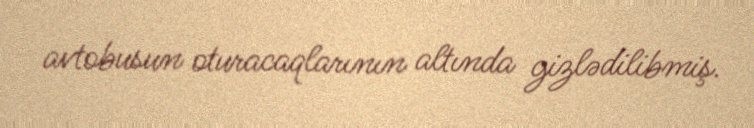
avtobusun oturacaqlarının altında gizlədilibmiş.